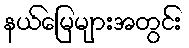
နယ်မြေများအတွင်း